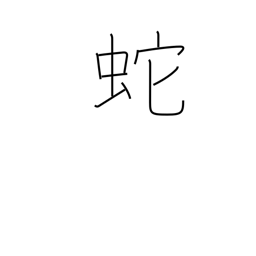
Meaning: serpent